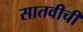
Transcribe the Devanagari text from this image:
सातवीची